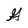
Character: G